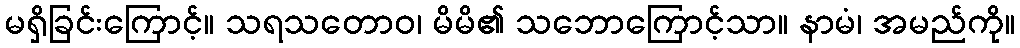
မရှိခြင်းကြောင့်။ သရသတောဝ၊ မိမိ၏ သဘောကြောင့်သာ။ နာမံ၊ အမည်ကို။